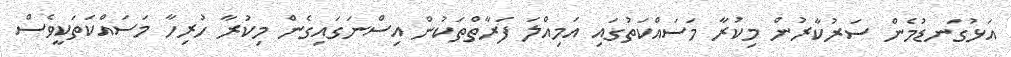
އަޅުގަނޑުމެން ސަރުކާރުން މިކުރާ މަސައްކަތުގައި އަމިއްލަ ފަރާތްތަކުން އިސްނަގައިގެން މިކުރާ ހުރިހާ މަސައްކަތަކީވެސް